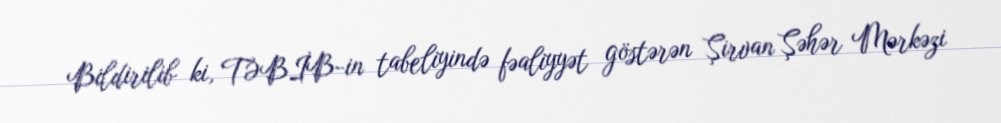
Bildirilib ki, TƏBİB-in tabeliyində fəaliyyət göstərən Şirvan Şəhər Mərkəzi